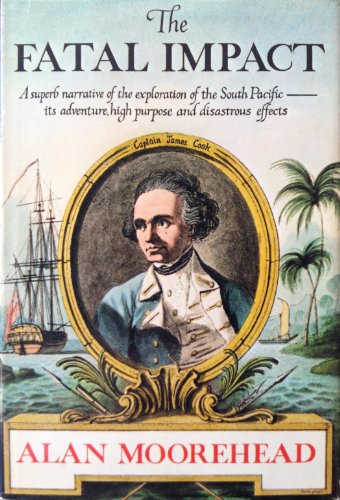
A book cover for The Fatal Impact: The Invasion of the South Pacific, 1767-1840; Alan Moorehead; Travel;